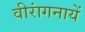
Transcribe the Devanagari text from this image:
वीरांगनायें